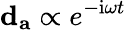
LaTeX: \mathbf{d}_{\mathbf{a}}\propto e^{-\mathrm{i}\omega t}